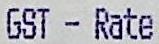
GST - RATE